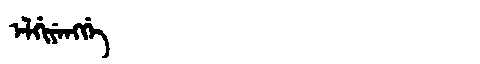
Manchu: ᡝᠯᡤᡳᠶᡝᠩᡤᡝ
Romanization: ELGIYENGGE